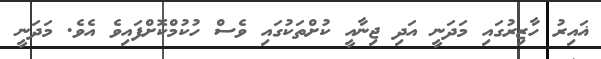
ޣައިރު ހާޒިރުގައި މަދަނީ އަދި ޖިނާއީ ކުށްތަކުގައި ވެސް ހުކުމްކޮށްފައިވެ އެވެ. މަދަނީ